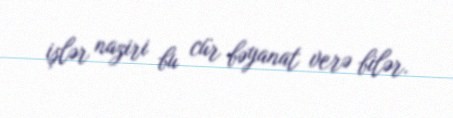
işlər naziri bu cür bəyanat verə bilər.